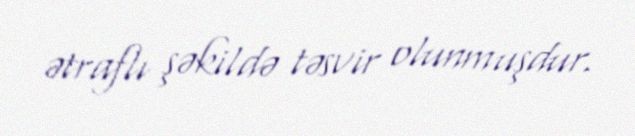
ətraflı şəkildə təsvir olunmuşdur.